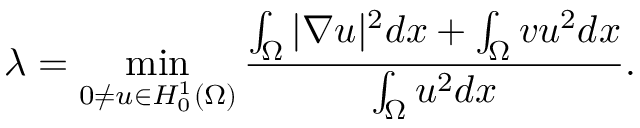
\lambda = \operatorname* { m i n } _ { 0 \neq u \in H _ { 0 } ^ { 1 } ( \Omega ) } \frac { \int _ { \Omega } | \nabla u | ^ { 2 } d x + \int _ { \Omega } v u ^ { 2 } d x } { \int _ { \Omega } u ^ { 2 } d x } .